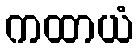
ကထာယံ